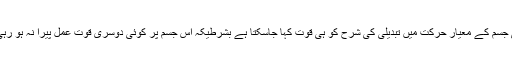
کسی جسم کے معیار حرکت میں تبدیلی کی شرح کو ہی قوت کہا جاسکتا ہے بشرطیکہ اس جسم پر کوئی دوسری قوت عمل پیرا نہ ہو رہی ہو۔